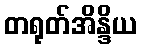
တရုတ်အိန္ဒိယ